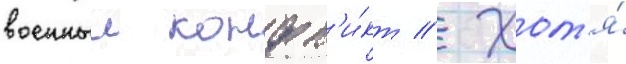
военныи конфл'и́кт // Хот'я́